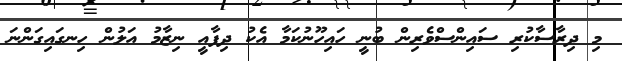
މި ދިރާސާކުރި ސައިންސްވެރިން ބުނީ ހައިހޫނުކަމާ އެކު ދިފާއީ ނިޒާމު އަލުން ހިނގައިގަންނަ